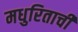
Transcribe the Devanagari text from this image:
मधुरिताची